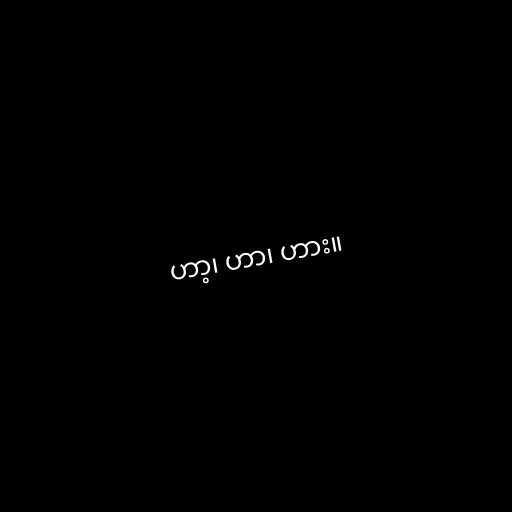
ဟာ့၊ ဟာ၊ ဟား။